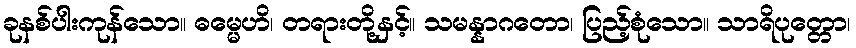
ခုနစ်ပါးကုန်သော။ ဓမ္မေဟိ၊ တရားတို့နှင့်။ သမန္နာဂတော၊ ပြည့်စုံသော။ သာရိပုတ္တော၊